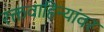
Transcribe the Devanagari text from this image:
रक्तवाहिन्यांवर